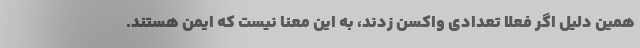
همین دلیل اگر فعلا تعدادی واکسن زدند، به این معنا نیست که ایمن هستند.